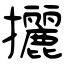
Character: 攦